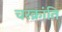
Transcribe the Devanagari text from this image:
चरक्रांति